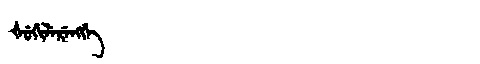
Manchu: ᡧᡠᡤᡳᠯᡝᡵᡝᠩᡤᡝ
Romanization: ŠUGILERENGGE